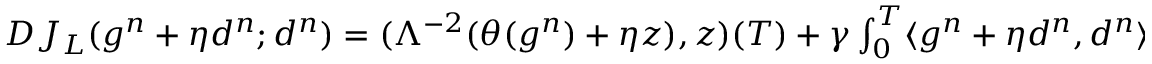
\begin{array} { r } { D J _ { L } ( g ^ { n } + \eta d ^ { n } ; d ^ { n } ) = ( \Lambda ^ { - 2 } ( \theta ( g ^ { n } ) + \eta z ) , z ) ( T ) + \gamma \int _ { 0 } ^ { T } \langle g ^ { n } + \eta d ^ { n } , d ^ { n } \rangle _ { \Gamma } d t . } \end{array}